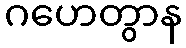
ဂဟေတွာန